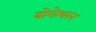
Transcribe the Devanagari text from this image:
योगेश्वरन